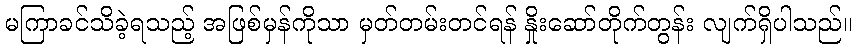
မကြာခင်သိခဲ့ရသည့် အဖြစ်မှန်ကိုသာ မှတ်တမ်းတင်ရန် နှိုးဆော်တိုက်တွန်း လျက်ရှိပါသည်။